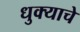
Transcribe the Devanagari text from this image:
धुक्याचे